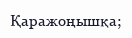
Қаражоңышқа;